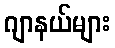
ဂျာနယ်များ